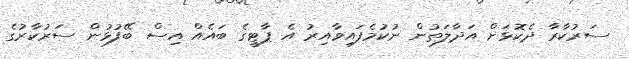
ސަރުކާރާ ދެކޮޅަށް އަދާލަތުން ނުކުމެފައިވާއިރު އެ ޕާޓީގެ ބައެއް އިސް ބޭފުޅުން ސަރުކާރުގެ